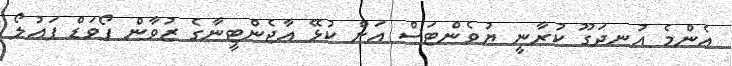
އެންމެ އުނދަގޫ ކުރާނީ ޔުވެންޓަސް އަށް ކުޅޭ އާޖެންޓީނާގެ ޒުވާން ފޯވަޑް ޕައުލޯ